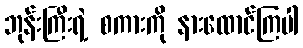
ဘုန်းကြီးရဲ့ စကားကို နားထောင်ကြပါ